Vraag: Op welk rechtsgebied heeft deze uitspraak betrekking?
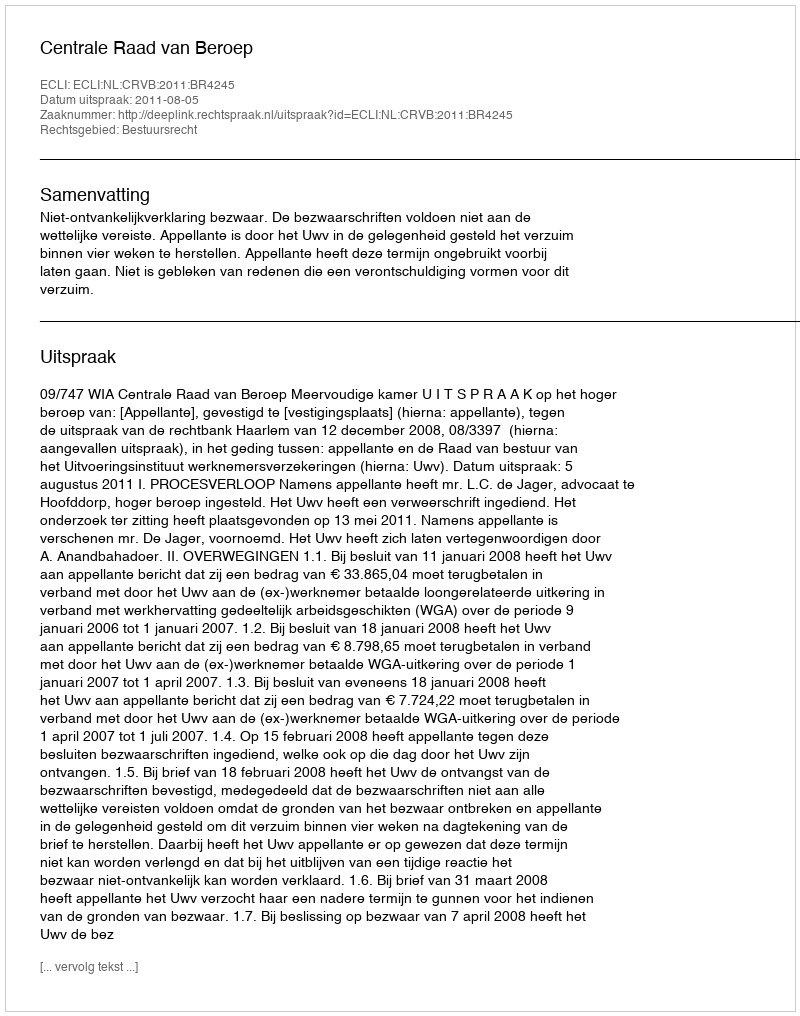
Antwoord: Bestuursrecht